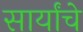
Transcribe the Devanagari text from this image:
सार्यांचे